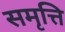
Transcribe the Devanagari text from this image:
समृत्ति